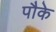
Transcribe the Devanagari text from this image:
पौके